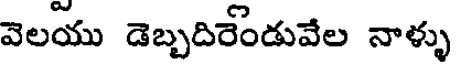
వెలయు డెబ్బదిరేండువేల నాళ్ళు